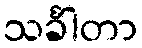
သင်္ခါတာ